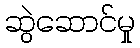
ဆွဲဆောင်မှု